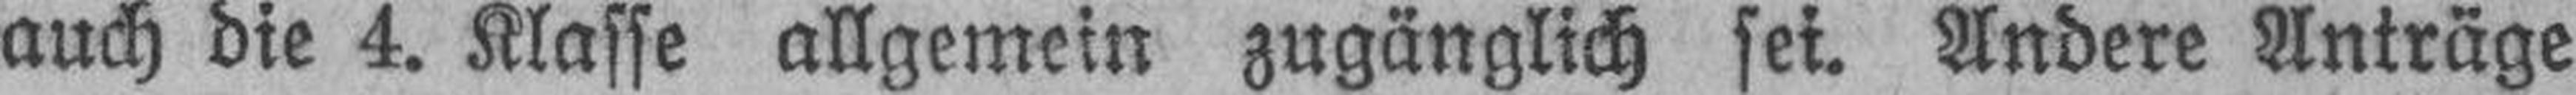
auch die 4. Klasse allgemein zugänglich sei. Andere Anträge